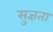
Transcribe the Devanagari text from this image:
सुज्ञता